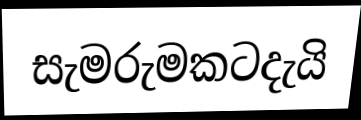
සැමරුමකටදැයි